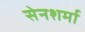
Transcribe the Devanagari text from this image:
सेनशर्मा